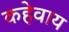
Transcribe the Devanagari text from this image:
कहेवाय